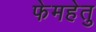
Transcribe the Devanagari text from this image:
फेमहेतु